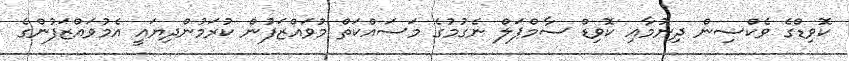
ކޮވިޑްގެ ވެކްސިން ދިނުމާއި ކޮވިޑް ސާމްޕަލް ނެގުމުގެ މަސައްކަތް މުވައްޒަފުން ކުރަމުންދިޔައީ އެމުވައްޒަފުންގެ